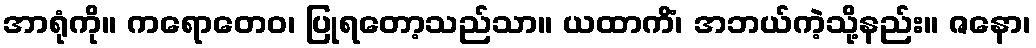
အာရုံကို။ ကရောတေဝ၊ ပြုရတော့သည်သာ။ ယထာကိံ၊ အဘယ်ကဲ့သို့နည်း။ ဇနော၊